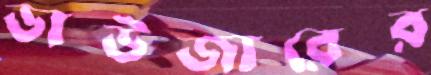
ভাউজারের